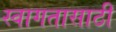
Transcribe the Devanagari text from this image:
स्वागतासाठीं